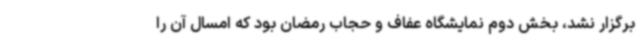
برگزار نشد، بخش دوم نمایشگاه عفاف و حجاب رمضان بود که امسال آن را